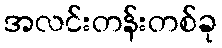
အလင်းတန်းတစ်ခု